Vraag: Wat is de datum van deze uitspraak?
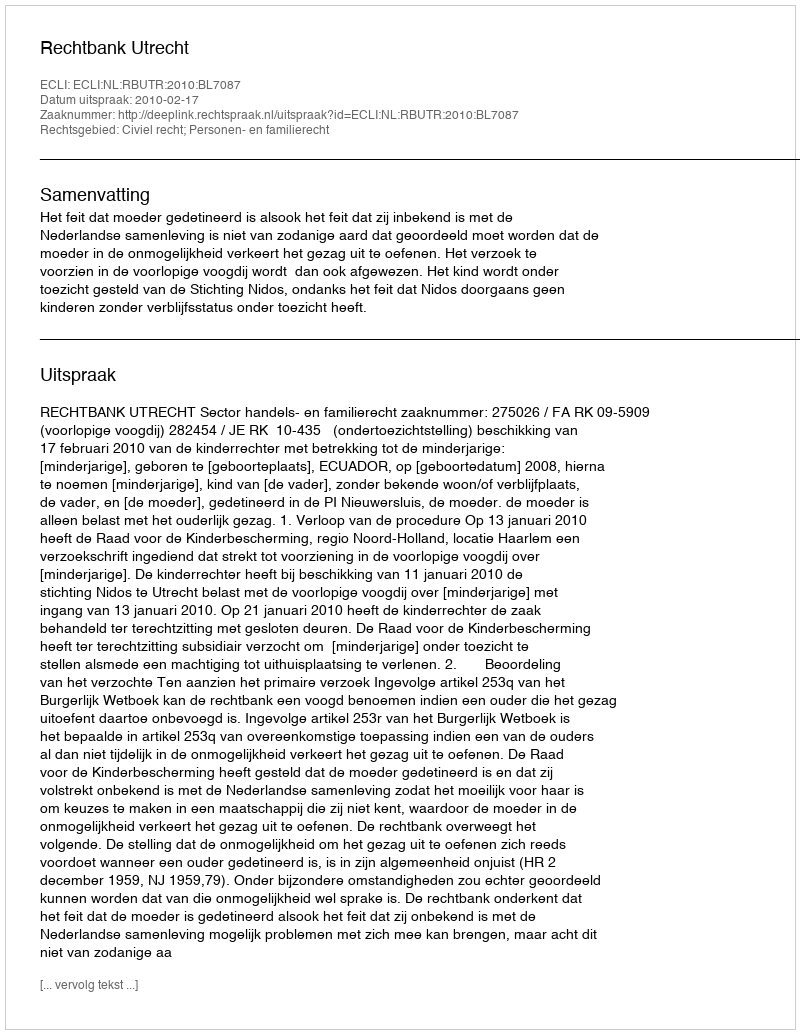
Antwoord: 2010-02-17